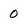
Character: 0